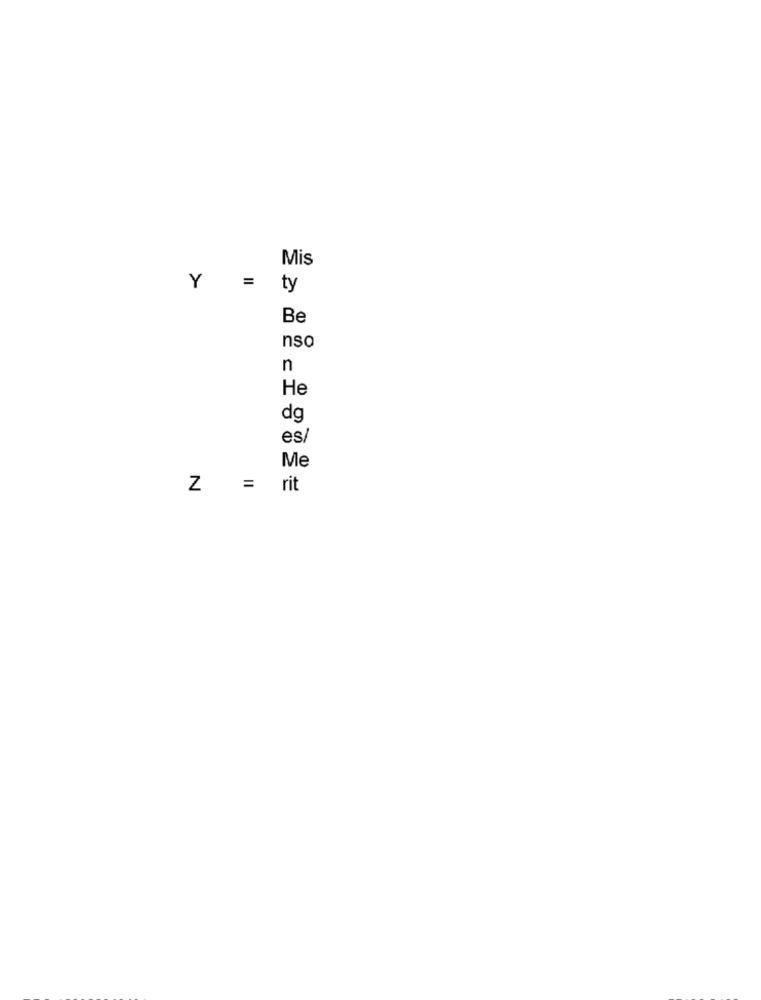
Mis
Y = ty
Be
nso
n
He
dg
es/
Me
Z = rit